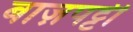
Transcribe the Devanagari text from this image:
बाज़पट्टी